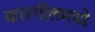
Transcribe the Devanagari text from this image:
कारगीलमध्ये